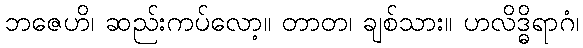
ဘဇေဟိ၊ ဆည်းကပ်လော့။ တာတ၊ ချစ်သား။ ဟလိဒ္ဓိရာဂံ၊